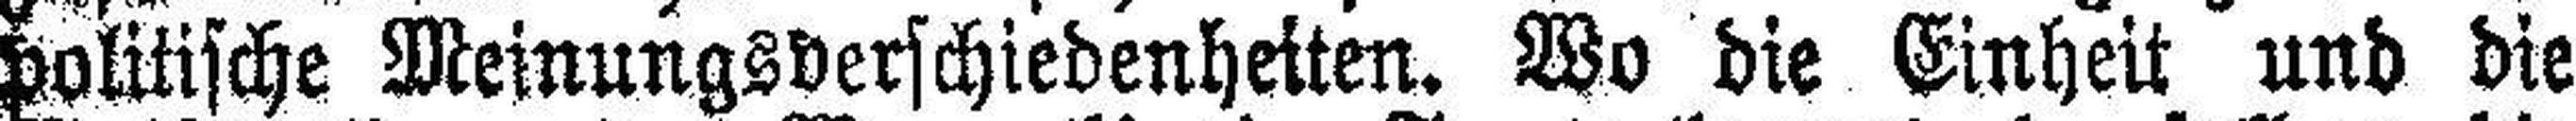
politische Meinungsverschiedenheiten. Wo die Einheit und die